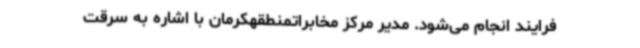
فرایند انجام می‌شود. مدیر مرکز مخابراتمنطقهکرمان با اشاره به سرقت